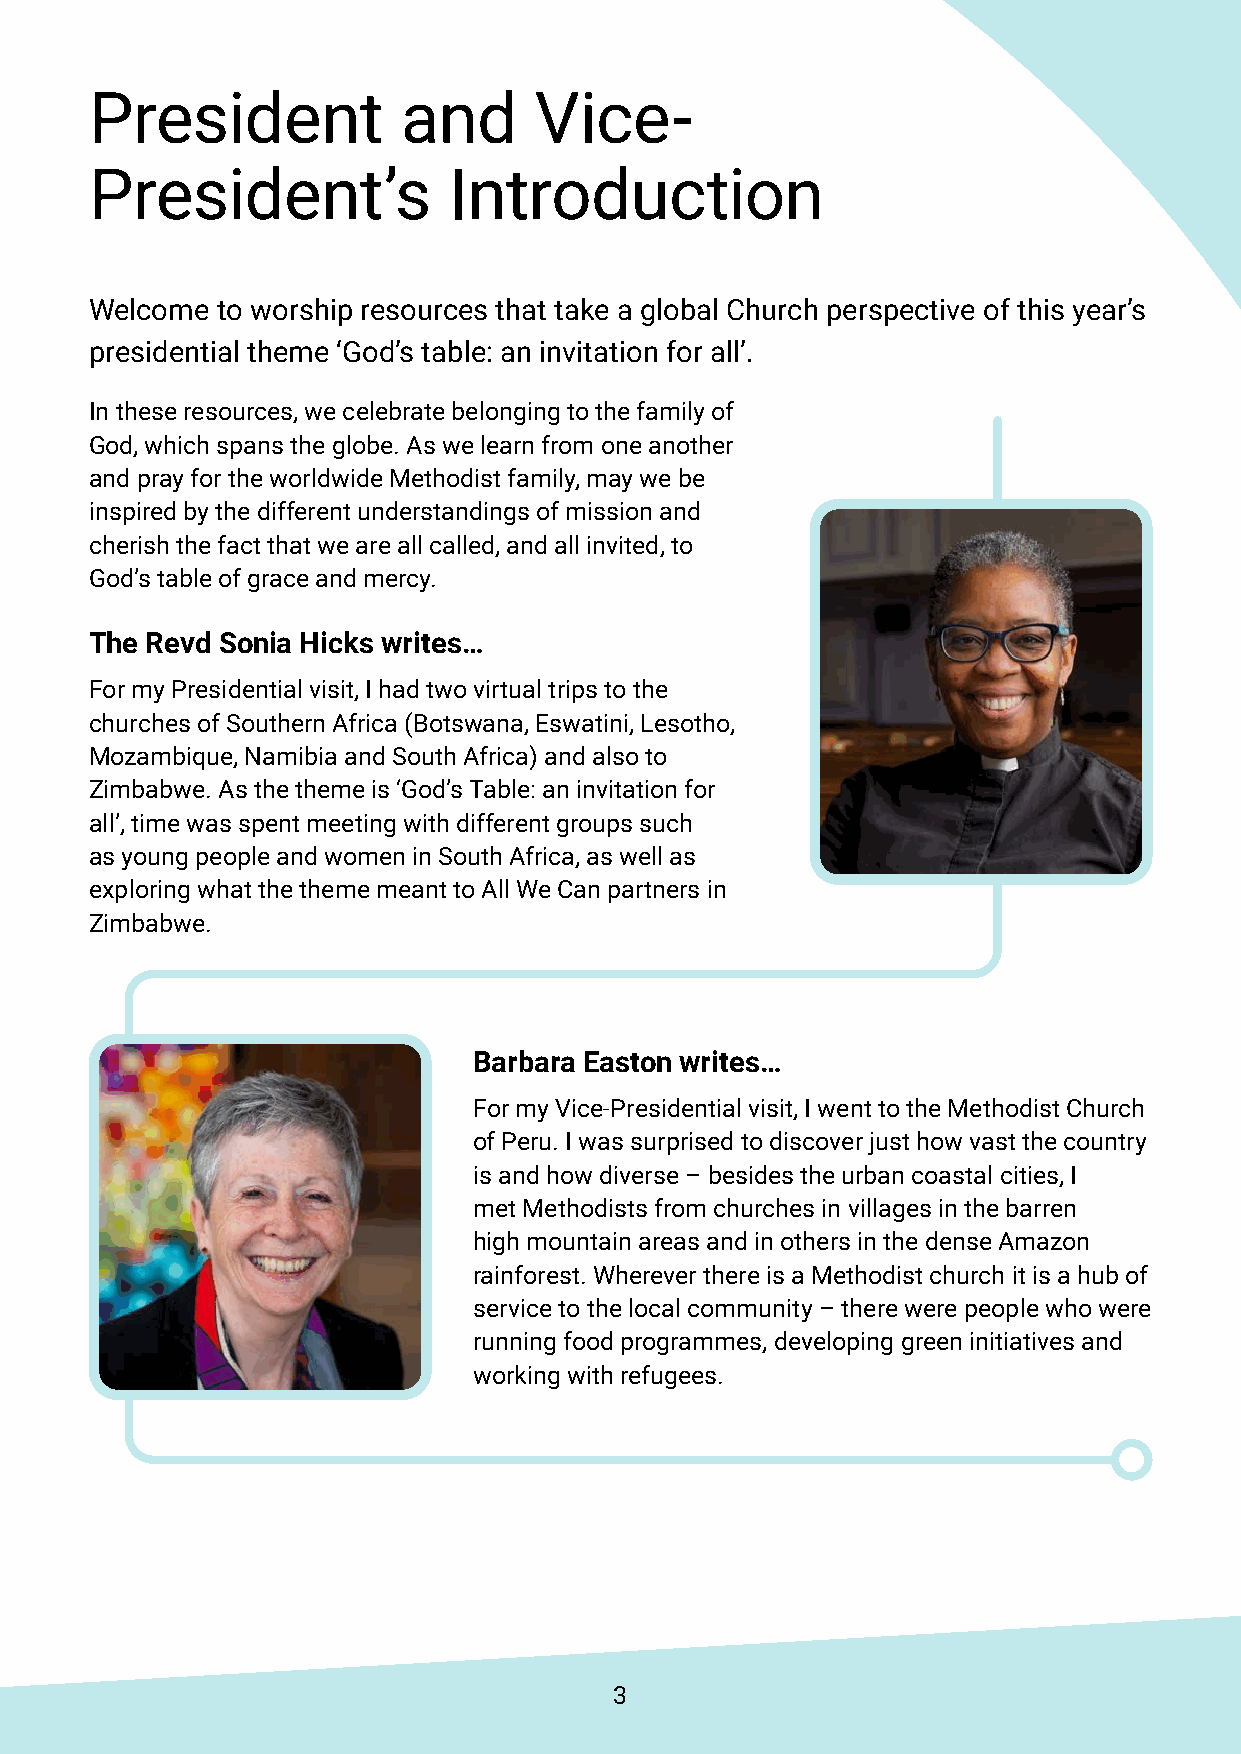
President            and     Vice-
 President’s             Introduction
 Welcome to worship resources that take a global Church perspective of this year’s
 presidential theme ‘God’s table: an invitation for all’.
 In these resources, we celebrate belonging to the family of
 God, which spans the globe. As we learn from one another
 and pray for the worldwide Methodist family, may we be
 inspired by the different understandings of mission and
 cherish the fact that we are all called, and all invited, to
 God’s table of grace and mercy.
 The Revd Sonia Hicks writes…
 For my Presidential visit, I had two virtual trips to the
 churches of Southern Africa (Botswana, Eswatini, Lesotho,
 Mozambique, Namibia and South Africa) and also to
 Zimbabwe. As the theme is ‘God’s Table: an invitation for
 all’, time was spent meeting with different groups such
 as young people and women in South Africa, as well as
 exploring what the theme meant to All We Can partners in
 Zimbabwe.
 Barbara Easton writes…
 For my Vice-Presidential visit, I went to the Methodist Church
 of Peru. I was surprised to discover just how vast the country
 is and how diverse – besides the urban coastal cities, I
 met Methodists from churches in villages in the barren
 high mountain areas and in others in the dense Amazon
 rainforest. Wherever there is a Methodist church it is a hub of
 service to the local community – there were people who were
 running food programmes, developing green initiatives and
 working with refugees.
 3